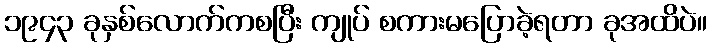
၁၉၄၃ ခုနှစ်လောက်ကစပြီး ကျုပ် စကားမပြောခဲ့ရတာ ခုအထိပဲ။